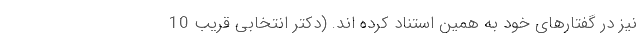
نیز در گفتارهای خود به همین استناد کرده اند. (دکتر انتخابی قریب 10